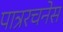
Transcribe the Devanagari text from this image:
पात्ररचनेस